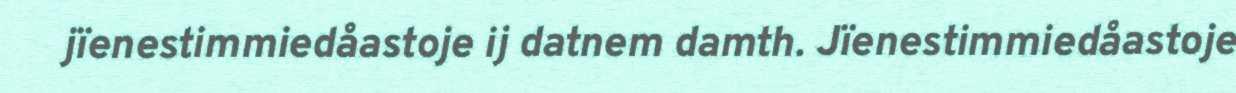
jïenestimmiedåastoje ij datnem damth. Jïenestimmiedåastoje